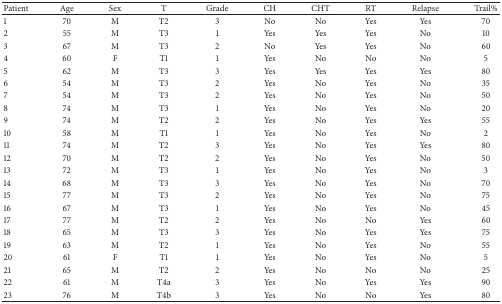
<table><thead><tr><td><b>Patient</b></td><td><b>Age</b></td><td><b>Sex</b></td><td><b>T</b></td><td><b>Grade</b></td><td><b>CH</b></td><td><b>CHT</b></td><td><b>RT</b></td><td><b>Relapse</b></td><td><b>Trail%</b></td></tr></thead><tbody><tr><td>1</td><td>70</td><td>M</td><td>T2 </td><td>3</td><td>No</td><td>No</td><td>Yes</td><td>Yes</td><td>70</td></tr><tr><td>2</td><td>55</td><td>M</td><td>T3 </td><td>1</td><td>Yes</td><td>Yes</td><td>Yes</td><td>No</td><td>10</td></tr><tr><td>3</td><td>67</td><td>M</td><td>T3 </td><td>2</td><td>No</td><td>Yes</td><td>Yes</td><td>No</td><td>60</td></tr><tr><td>4</td><td>60</td><td>F</td><td>T1 </td><td>1</td><td>Yes</td><td>No</td><td>No</td><td>No</td><td>5</td></tr><tr><td>5</td><td>62</td><td>M</td><td>T3 </td><td>3</td><td>Yes</td><td>Yes</td><td>Yes</td><td>Yes</td><td>80</td></tr><tr><td>6</td><td>54</td><td>M</td><td>T3 </td><td>2</td><td>Yes</td><td>No</td><td>Yes</td><td>No</td><td>35</td></tr><tr><td>7</td><td>54</td><td>M</td><td>T3 </td><td>2</td><td>Yes</td><td>No</td><td>Yes</td><td>No</td><td>50</td></tr><tr><td>8</td><td>74</td><td>M</td><td>T3 </td><td>1</td><td>Yes</td><td>No</td><td>Yes</td><td>No</td><td>20</td></tr><tr><td>9</td><td>74</td><td>M</td><td>T2 </td><td>2</td><td>Yes</td><td>No</td><td>Yes</td><td>Yes</td><td>55</td></tr><tr><td>10</td><td>58</td><td>M</td><td>T1</td><td>1</td><td>Yes</td><td>No</td><td>Yes</td><td>No</td><td>2</td></tr><tr><td>11</td><td>74</td><td>M</td><td>T2 </td><td>3</td><td>Yes</td><td>No</td><td>Yes</td><td>Yes</td><td>80</td></tr><tr><td>12</td><td>70</td><td>M</td><td>T2 </td><td>2</td><td>Yes</td><td>No</td><td>Yes</td><td>No</td><td>50</td></tr><tr><td>13</td><td>72</td><td>M</td><td>T3 </td><td>1</td><td>Yes</td><td>No</td><td>Yes</td><td>No</td><td>3</td></tr><tr><td>14</td><td>68</td><td>M</td><td>T3 </td><td>3</td><td>Yes</td><td>No</td><td>Yes</td><td>No</td><td>70</td></tr><tr><td>15</td><td>77</td><td>M</td><td>T3 </td><td>2</td><td>Yes</td><td>No</td><td>Yes</td><td>No</td><td>75</td></tr><tr><td>16</td><td>67</td><td>M</td><td>T3 </td><td>1</td><td>Yes</td><td>No</td><td>Yes</td><td>No</td><td>45</td></tr><tr><td>17</td><td>77</td><td>M</td><td>T2</td><td>2</td><td>Yes</td><td>No</td><td>No</td><td>Yes</td><td>60</td></tr><tr><td>18</td><td>65</td><td>M</td><td>T3 </td><td>3</td><td>Yes</td><td>No</td><td>Yes</td><td>Yes</td><td>75</td></tr><tr><td>19</td><td>63</td><td>M</td><td>T2</td><td>1</td><td>Yes</td><td>No</td><td>Yes</td><td>No</td><td>55</td></tr><tr><td>20</td><td>61</td><td>F</td><td>T1</td><td>1</td><td>Yes</td><td>No</td><td>Yes</td><td>No</td><td>5</td></tr><tr><td>21</td><td>65</td><td>M</td><td>T2</td><td>2</td><td>Yes</td><td>No</td><td>No</td><td>No</td><td>25</td></tr><tr><td>22</td><td>61</td><td>M</td><td>T4a</td><td>3</td><td>Yes</td><td>No</td><td>Yes</td><td>Yes</td><td>90</td></tr><tr><td>23</td><td>76</td><td>M</td><td>T4b</td><td>3</td><td>Yes</td><td>No</td><td>No</td><td>Yes</td><td>80</td></tr></tbody></table>